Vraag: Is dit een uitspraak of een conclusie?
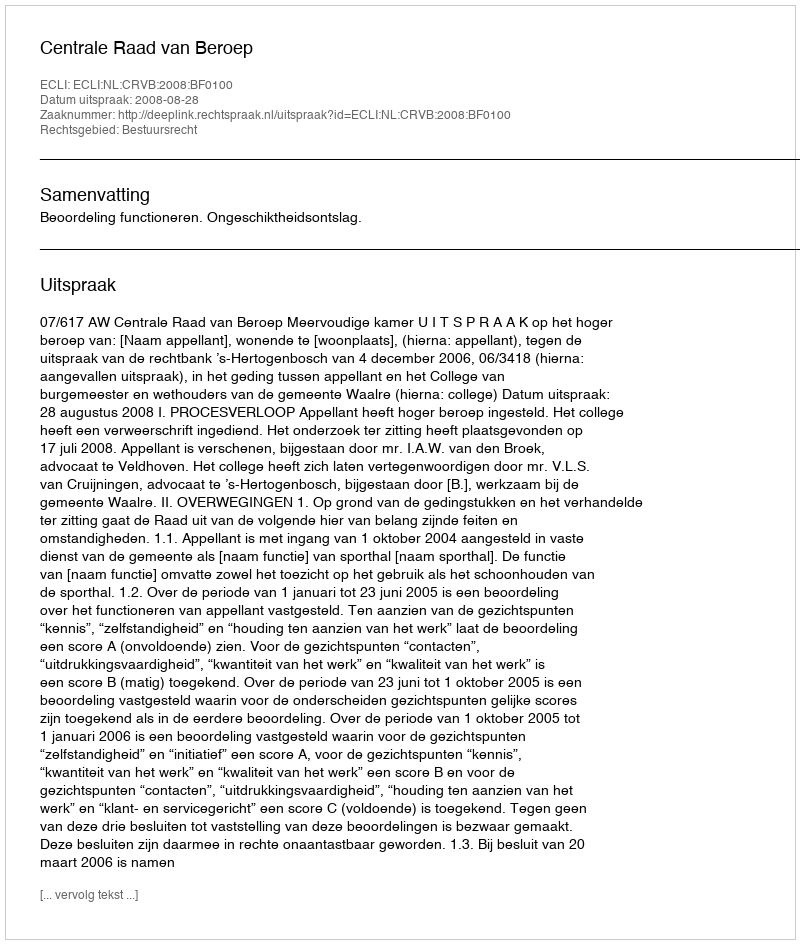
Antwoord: Uitspraak